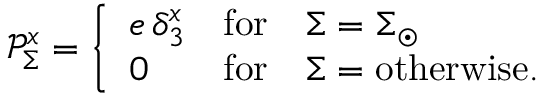
\mathcal { P } _ { \Sigma } ^ { x } = \left\{ \begin{array} { l c l } { { e \, \delta _ { 3 } ^ { x } } } & { { \mathrm { f o r } } } & { { \Sigma = \Sigma _ { \odot } } } \\ { { 0 } } & { { \mathrm { f o r } } } & { { \Sigma = \mathrm { o t h e r w i s e . } \ } } \end{array} \right.